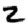
Digit: 2